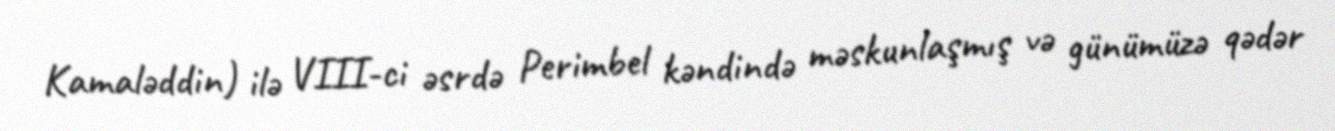
Kamaləddin) ilə VIII-ci əsrdə Perimbel kəndində məskunlaşmış və günümüzə qədər